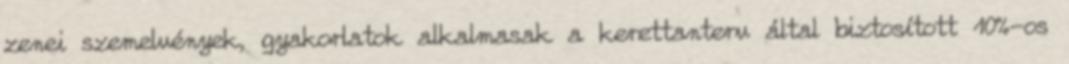
zenei szemelvények, gyakorlatok alkalmasak a kerettanterv által biztosított 10%-os